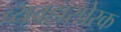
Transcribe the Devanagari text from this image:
व्यवहारप्रेरक